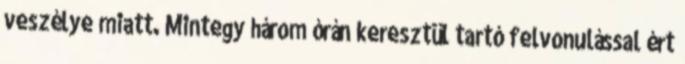
veszélye miatt. Mintegy három órán keresztül tartó felvonulással ért